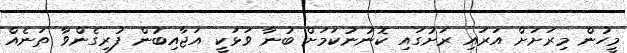
މީހުން މިރަށަށް އަރައި ރަށުގައި ކޮނުނުކަމަށް ބުނާ ވަޅަކީ އަޖާއިބުން ފުރިގެންވާ ތަނެއް